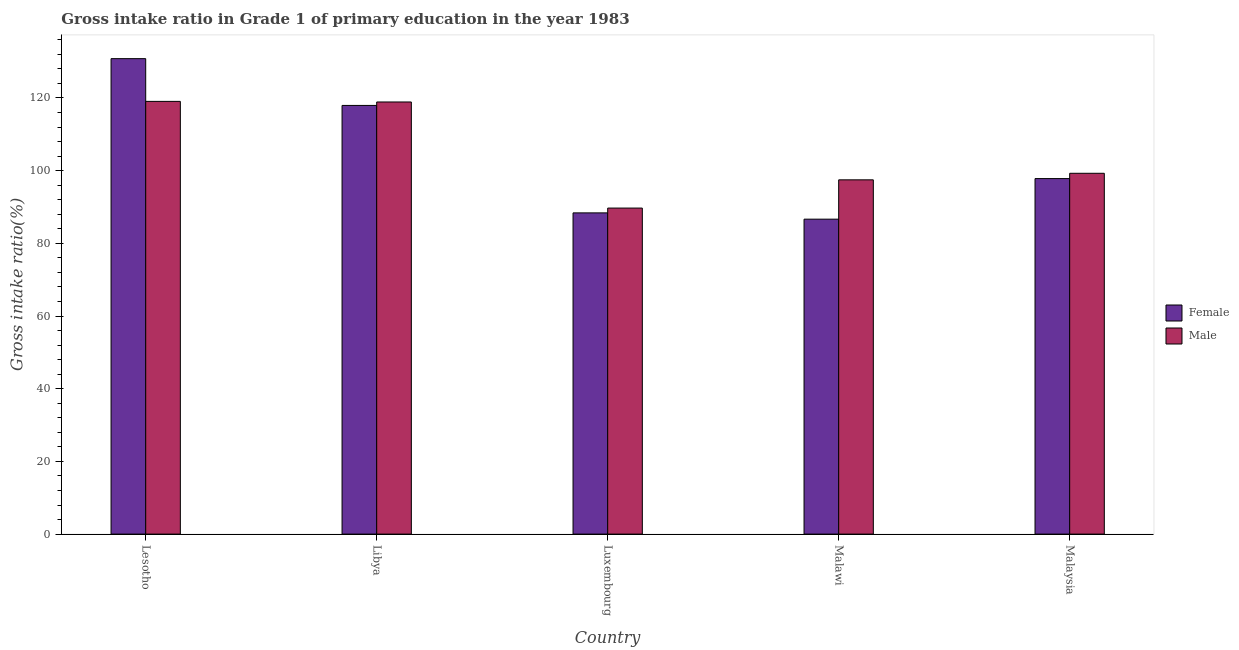
| Country | Female | Male |
 | --- | --- | --- |
 | Lesotho | 131 | 119 |
 | Libya | 118 | 119 |
 | Luxembourg | 88.4 | 89.7 |
 | Malawi | 86.7 | 97.5 |
 | Malaysia | 97.8 | 99.3 |